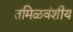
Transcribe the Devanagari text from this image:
तमिळवंशीय